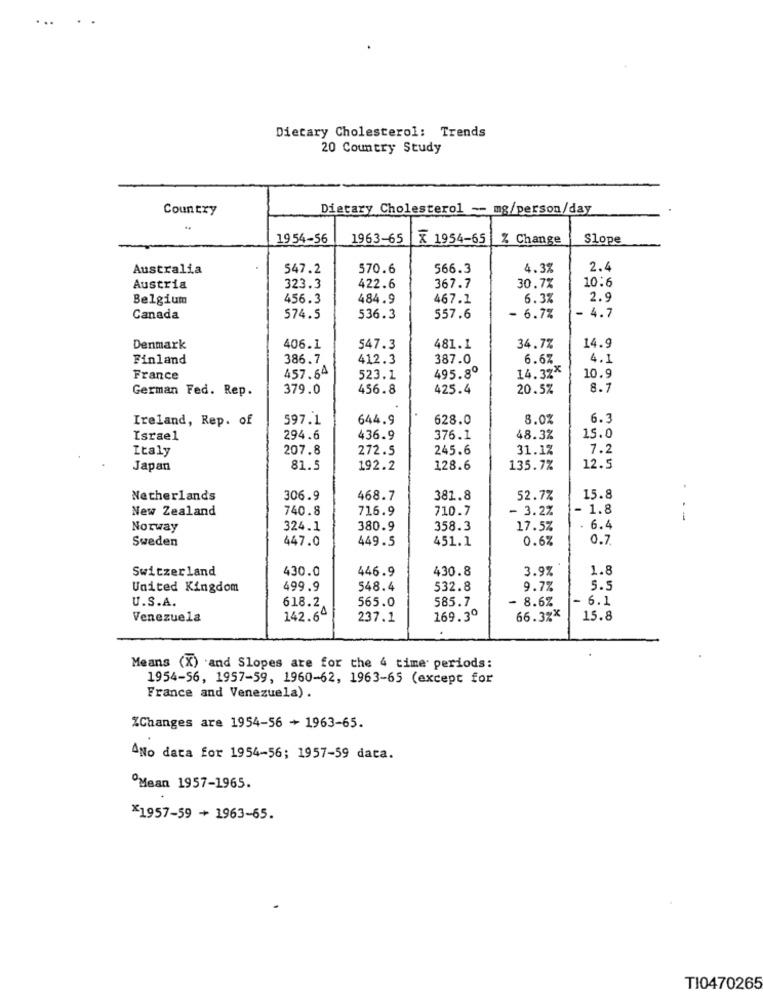
...
Dietary Cholesterol: Trends
20 Country Study
Country
Dietary Cholesterol -- mg/person/day
1954-56
1963-65
X 1954-65
% Change
Slope
Australia
547.2
570.6
566.3
4.3%
2.4
10:6
Austria
323.3
422.6
367.7
30.7%
Belgium
456.3
484.9
467.1
6.3%
2.9
Canada
574.5
536.3
557.6
- 6.7%
4.7
Denmark
406.1
547.3
481.1
34.7%
14.9
Finland
386.7
412.3
387.0
6.6%
4.1
495.8º
14.3%*
France
457.64
523.1
10.9
German Fed. Rep.
379.0
456.8
425.4
20.5%
8.
Ireland, Rep. of
597.1
644.9
628.0
8.0%
6.3
Israel
294.6
436.9
376.1
48.3%
15.0
Italy
207.8
272.5
245.6
31.1%
7.2
Japan
81.5
192.2
128.6
135.7%
12.5
Netherlands
306.9
468.7
381.8
52.7%
15.8
New Zealand
740.8
716.9
710.7
- 3.2%
- 1.8
--
Norway
324.1
380.9
358.3
17.5%
6.4
Sweden
447.0
449.5
451.1
0.6%
0.7.
Switzerland
430.0
446.9
430.8
3.9%
1.8
United Kingdom
499.9
548.4
532.8
9.7%
5.5
U.S.A.
565.0
585.7
- 8.6%
- 6.1
618.2.
Venezuela
142.64
237.1
169.3º
66.3%*
15.8
Means (X) and Slopes are for the 4 time periods:
1954-56, 1957-59, 1960-62, 1963-65 (except for
France and Venezuela) .
ZChanges are 1954-56 + 1963-65.
ANo data for 1954-56; 1957-59 data.
Mean 1957-1965.
*1957-59 + 1963-65.
TI0470265